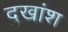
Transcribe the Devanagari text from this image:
दुखांश